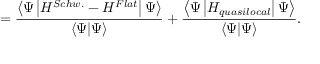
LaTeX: = \frac { \left\langle \Psi \left| H ^ { S c h w . } - H ^ { F l a t } \right| \Psi \right\rangle } { \left\langle \Psi | \Psi \right\rangle } + \frac { \left\langle \Psi \left| H _ { q u a s i l o c a l } \right| \Psi \right\rangle } { \left\langle \Psi | \Psi \right\rangle } .